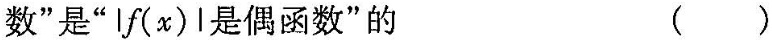
数”是”|f(x)| 是偶函数”的 ( )